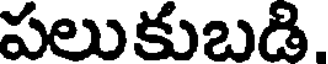
పలుకుబడి.